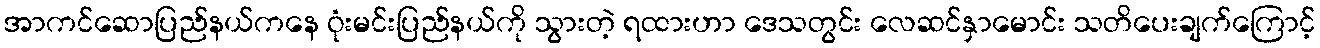
အာကင်ဆောပြည်နယ်ကနေ ဝုံးမင်းပြည်နယ်ကို သွားတဲ့ ရထားဟာ ဒေသတွင်း လေဆင်နှာမောင်း သတိပေးချက်ကြောင့်